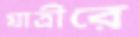
যাত্রীরে